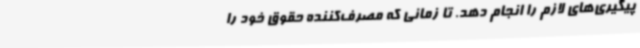
پیگیری‌های لازم را انجام دهد. تا زمانی‌ که مصرف‌کننده حقوق خود را